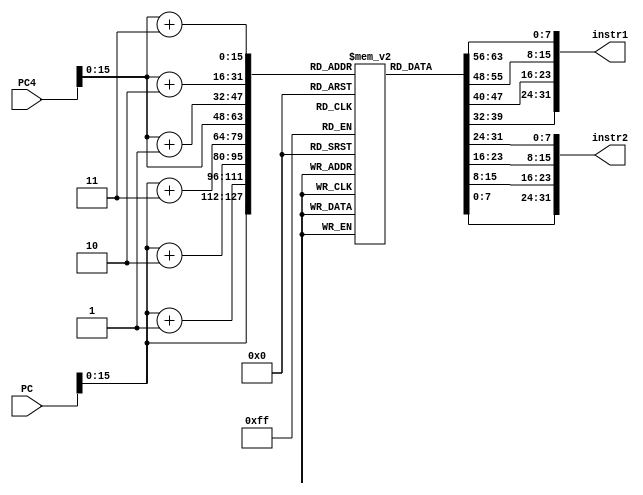

module instruction_mem(input[63:0] PC,PC4,output [31:0] instr1 , instr2);

reg[7:0] byte_instr[65535:0];
initial begin
 //32'h015A04B3  ADD X9, X14 ,X15
   byte_instr[64'h0000000000000000]<=8'hB3;
   byte_instr[64'h0000000000000001]<=8'h04;
   byte_instr[64'h0000000000000002]<=8'h5A;
   byte_instr[64'h0000000000000003]<=8'h01;

   //32'h00148493 ADDi x9, x9, 1 add 1 to the value of x9 register
   byte_instr[64'h0000000000000004]<=8'h93;
   byte_instr[64'h0000000000000005]<=8'h84;
   byte_instr[64'h0000000000000006]<=8'h14;
   byte_instr[64'h0000000000000007]<=8'h00;
    /*
   //32'hFFF48493 ADDi x9, x9, -1 add 1 to the value of x9 register
   byte_instr[64'h0000000000000008]<=8'h93;
   byte_instr[64'h0000000000000009]<=8'h84;
   byte_instr[64'h000000000000000A]<=8'hF4;
   byte_instr[64'h000000000000000B]<=8'hFF;
*/
//Akashay Singla
   //32'h0E953823 SD X9,240(x10) doubleword
   byte_instr[64'h0000000000000008]<=8'h23;
   byte_instr[64'h0000000000000009]<=8'h38;
   byte_instr[64'h000000000000000A]<=8'h95;
   byte_instr[64'h000000000000000B]<=8'hF0;//0E; //-240 offset

   //32'h0F053283 LD x5,240(x10)  doubleword
   byte_instr[64'h00000000000000C]<=8'h03;
   byte_instr[64'h00000000000000D]<=8'h34;
   byte_instr[64'h00000000000000E]<=8'h05;
   byte_instr[64'h00000000000000F]<=8'hF1;//0F;  //-240 offset

  /* 32'h02548167 Beq x5,x9,11(hex and 17 in decimal)
   byte_instr[64'h0000000000000014]<=8'h67;
   byte_instr[64'h0000000000000015]<=8'h81;
   byte_instr[64'h0000000000000016]<=8'h54;
   byte_instr[64'h0000000000000017]<=8'h02; 
  //32'h80548867 Beq x5,x9,-16(-16 in decimal)
   byte_instr[64'h0000000000000010]<=8'hE7;
   byte_instr[64'h0000000000000011]<=8'h88;
   byte_instr[64'h0000000000000012]<=8'h54;
   byte_instr[64'h0000000000000013]<=8'hFE;
   //32'h00148593 ADDi xB, x9, 1 add 1 to the value of x9 register
   byte_instr[64'h0000000000000025]<=8'h93;
   byte_instr[64'h0000000000000026]<=8'h85;
   byte_instr[64'h0000000000000027]<=8'h14;
   byte_instr[64'h0000000000000028]<=8'h00;
*/
   //ADD X8,X6,X7
   byte_instr[64'h0000000000000010]<=8'h33;
   byte_instr[64'h0000000000000011]<=8'h04;
   byte_instr[64'h0000000000000012]<=8'h73;
   byte_instr[64'h0000000000000013]<=8'h00;

   //SUB X7,X4,X3
   byte_instr[64'h0000000000000014]<=8'hB3;
   byte_instr[64'h0000000000000015]<=8'h83;
   byte_instr[64'h0000000000000016]<=8'h41;
   byte_instr[64'h0000000000000017]<=8'h40;

  //AND X2,X8,X7
   byte_instr[64'h0000000000000018]<=8'h33;
   byte_instr[64'h0000000000000019]<=8'hF1;
   byte_instr[64'h000000000000001A]<=8'h83;
   byte_instr[64'h000000000000001B]<=8'h00;

   //OR X30,X29,X28
   byte_instr[64'h000000000000001C]<=8'h33;
   byte_instr[64'h000000000000001D]<=8'h6F;
   byte_instr[64'h000000000000001E]<=8'hDE;
   byte_instr[64'h000000000000001F]<=8'h01;

   //XOR X27,X26,X25
   byte_instr[64'h0000000000000020]<=8'hB3;
   byte_instr[64'h0000000000000021]<=8'hCD;
   byte_instr[64'h0000000000000022]<=8'hAC;
   byte_instr[64'h0000000000000023]<=8'h01;

   //SLL X6,X8,X2
   byte_instr[64'h0000000000000024]<=8'h33;
   byte_instr[64'h0000000000000025]<=8'h13;
   byte_instr[64'h0000000000000026]<=8'h24;
   byte_instr[64'h0000000000000027]<=8'h00;

  //SRL X7,X2,X6
   byte_instr[64'h0000000000000028]<=8'hB3;
   byte_instr[64'h0000000000000029]<=8'h53;
   byte_instr[64'h000000000000002A]<=8'h23;
   byte_instr[64'h000000000000002B]<=8'h00;

   //BEQ x7,x8,offset
   byte_instr[64'h000000000000002C]<=8'h63;
   byte_instr[64'h000000000000002D]<=8'h04;
   byte_instr[64'h000000000000002E]<=8'h74;
   byte_instr[64'h000000000000002F]<=8'h02;

    //ORi X20,x21,20
   byte_instr[64'h0000000000000054]<=8'h13;
   byte_instr[64'h0000000000000055]<=8'hEA;
   byte_instr[64'h0000000000000056]<=8'h4A;
   byte_instr[64'h0000000000000057]<=8'h01;

   //ANDi X19,x21,20
   byte_instr[64'h0000000000000058]<=8'h93;
   byte_instr[64'h0000000000000059]<=8'hF9;
   byte_instr[64'h000000000000005A]<=8'hFA;
   byte_instr[64'h000000000000005B]<=8'h7F;


   //XORi X18,x21,20
   byte_instr[64'h000000000000005C]<=8'h13;
   byte_instr[64'h000000000000005D]<=8'hC9;
   byte_instr[64'h000000000000005E]<=8'h4A;
   byte_instr[64'h000000000000005F]<=8'h01;


  //SB X2,x19,-10
   byte_instr[64'h0000000000000060]<=8'h23;
   byte_instr[64'h0000000000000061]<=8'h8B;
   byte_instr[64'h0000000000000062]<=8'h99;
   byte_instr[64'h0000000000000063]<=8'hFE;

   //SH X2,x19,-9
   byte_instr[64'h0000000000000064]<=8'hA3;
   byte_instr[64'h0000000000000065]<=8'h9B;
   byte_instr[64'h0000000000000066]<=8'h99;
   byte_instr[64'h0000000000000067]<=8'hFE;

    //SW X2,x19,-8
   byte_instr[64'h0000000000000068]<=8'hA3;
   byte_instr[64'h0000000000000069]<=8'hAC;
   byte_instr[64'h000000000000006A]<=8'h99;
   byte_instr[64'h000000000000006B]<=8'hFE;


   //LB X15,x19,-10
   byte_instr[64'h000000000000006C]<=8'h83;
   byte_instr[64'h000000000000006D]<=8'h87;
   byte_instr[64'h000000000000006E]<=8'h69;
   byte_instr[64'h000000000000006F]<=8'hFF; 

   //LH X14,x19,-9
   byte_instr[64'h0000000000000070]<=8'h03;
   byte_instr[64'h0000000000000071]<=8'h97;
   byte_instr[64'h0000000000000072]<=8'h79;
   byte_instr[64'h0000000000000073]<=8'hFF; 

   //LW X13,x19,-8
   byte_instr[64'h0000000000000074]<=8'h83;
   byte_instr[64'h0000000000000075]<=8'hA6;
   byte_instr[64'h0000000000000076]<=8'h99;
   byte_instr[64'h0000000000000077]<=8'hFF; 

   
byte_instr[64'h7b]<= 8'h40;
byte_instr[64'h7a]<= 8'h00;
byte_instr[64'h79]<= 8'h01;
byte_instr[64'h78]<= 8'h13;

byte_instr[64'h7f]<= 8'h00;
byte_instr[64'h7e]<= 8'h21;
byte_instr[64'h7d]<= 8'h01;
byte_instr[64'h7c]<= 8'hB3;

byte_instr[64'h83]<= 8'h00;
byte_instr[64'h82]<= 8'h21;
byte_instr[64'h81]<= 8'hE2;
byte_instr[64'h80]<= 8'h33;

byte_instr[64'h87]<= 8'h4D;
byte_instr[64'h86]<= 8'h20;
byte_instr[64'h85]<= 8'h02;
byte_instr[64'h84]<= 8'h93;

byte_instr[64'h8b]<= 8'h01;
byte_instr[64'h8a]<= 8'h02;
byte_instr[64'h89]<= 8'h93;
byte_instr[64'h88]<= 8'h13;

byte_instr[64'h8f]<= 8'h3E;
byte_instr[64'h8e]<= 8'h73;
byte_instr[64'h8d]<= 8'h03;
byte_instr[64'h8c]<= 8'h93;

byte_instr[64'h93]<= 8'h40;
byte_instr[64'h92]<= 8'h23;
byte_instr[64'h91]<= 8'h84;
byte_instr[64'h90]<= 8'h33;

byte_instr[64'h97]<= 8'h00;
byte_instr[64'h96]<= 8'h32;
byte_instr[64'h95]<= 8'h44;
byte_instr[64'h94]<= 8'hB3;

byte_instr[64'h9b]<= 8'h0F;
byte_instr[64'h9a]<= 8'hF1;
byte_instr[64'h99]<= 8'h45;
byte_instr[64'h98]<= 8'h13;

byte_instr[64'h9f]<= 8'h00;
byte_instr[64'h9e]<= 8'h53;
byte_instr[64'h9d]<= 8'h55;
byte_instr[64'h9c]<= 8'h93;

byte_instr[64'ha3]<= 8'h00;
byte_instr[64'ha2]<= 8'h75;
byte_instr[64'ha1]<= 8'hF6;
byte_instr[64'ha0]<= 8'hB3;

byte_instr[64'ha7]<= 8'h06;
byte_instr[64'ha6]<= 8'h42;
byte_instr[64'ha5]<= 8'hF7;
byte_instr[64'ha4]<= 8'h13;

byte_instr[64'hab]<= 8'h40;
byte_instr[64'haa]<= 8'hA0;
byte_instr[64'ha9]<= 8'h07;
byte_instr[64'ha8]<= 8'hB3;

byte_instr[64'haf]<= 8'h00;
byte_instr[64'hae]<= 8'hA0;
byte_instr[64'had]<= 8'h05;
byte_instr[64'hac]<= 8'h13;

byte_instr[64'hb3]<= 8'h0F;
byte_instr[64'hb2]<= 8'hF0;
byte_instr[64'hb1]<= 8'h02;
byte_instr[64'hb0]<= 8'h93;

byte_instr[64'hb7]<= 8'h00;
byte_instr[64'hb6]<= 8'h52;
byte_instr[64'hb5]<= 8'h83;
byte_instr[64'hb4]<= 8'h33;

byte_instr[64'hbb]<= 8'h00;
byte_instr[64'hba]<= 8'h63;
byte_instr[64'hb9]<= 8'h03;
byte_instr[64'hb8]<= 8'hB3;

byte_instr[64'hbf]<= 8'h7D;
byte_instr[64'hbe]<= 8'h03;
byte_instr[64'hbd]<= 8'h84;
byte_instr[64'hbc]<= 8'h13;

byte_instr[64'hc3]<= 8'h00;
byte_instr[64'hc2]<= 8'h50;
byte_instr[64'hc1]<= 8'hA0;
byte_instr[64'hc0]<= 8'h23;

byte_instr[64'hc7]<= 8'h00;
byte_instr[64'hc6]<= 8'h60;
byte_instr[64'hc5]<= 8'hA2;
byte_instr[64'hc4]<= 8'h23;

byte_instr[64'hcb]<= 8'h00;
byte_instr[64'hca]<= 8'h70;
byte_instr[64'hc9]<= 8'hA4;
byte_instr[64'hc8]<= 8'h23;

byte_instr[64'hcf]<= 8'h00;
byte_instr[64'hce]<= 8'h80;
byte_instr[64'hcd]<= 8'hA6;
byte_instr[64'hcc]<= 8'h23;

byte_instr[64'hd3]<= 8'h00;
byte_instr[64'hd2]<= 8'h00;
byte_instr[64'hd1]<= 8'hA4;
byte_instr[64'hd0]<= 8'h83;

byte_instr[64'hd7]<= 8'h00;
byte_instr[64'hd6]<= 8'h40;
byte_instr[64'hd5]<= 8'hA5;
byte_instr[64'hd4]<= 8'h03;

byte_instr[64'hdb]<= 8'h00;
byte_instr[64'hda]<= 8'h80;
byte_instr[64'hd9]<= 8'hA5;
byte_instr[64'hd8]<= 8'h83;

byte_instr[64'hdf]<= 8'h00;
byte_instr[64'hde]<= 8'hC0;
byte_instr[64'hdd]<= 8'hA6;
byte_instr[64'hdc]<= 8'h03;

byte_instr[64'he3]<= 8'h00;
byte_instr[64'he2]<= 8'h40;
byte_instr[64'he1]<= 8'h80;
byte_instr[64'he0]<= 8'h93;

byte_instr[64'he7]<= 8'h00;
byte_instr[64'he6]<= 8'h50;
byte_instr[64'he5]<= 8'hA0;
byte_instr[64'he4]<= 8'h23;

byte_instr[64'heb]<= 8'h00;
byte_instr[64'hea]<= 8'h60;
byte_instr[64'he9]<= 8'hA2;
byte_instr[64'he8]<= 8'h23;

byte_instr[64'hef]<= 8'h00;
byte_instr[64'hee]<= 8'h70;
byte_instr[64'hed]<= 8'hA4;
byte_instr[64'hec]<= 8'h23;

byte_instr[64'hf3]<= 8'h00;
byte_instr[64'hf2]<= 8'h80;
byte_instr[64'hf1]<= 8'hA6;
byte_instr[64'hf0]<= 8'h23;

byte_instr[64'hf7]<= 8'hFF;
byte_instr[64'hf6]<= 8'hC0;
byte_instr[64'hf5]<= 8'hA6;
byte_instr[64'hf4]<= 8'h83;

byte_instr[64'hfb]<= 8'h00;
byte_instr[64'hfa]<= 8'h00;
byte_instr[64'hf9]<= 8'hA7;
byte_instr[64'hf8]<= 8'h03;

byte_instr[64'hff]<= 8'h00;
byte_instr[64'hfe]<= 8'h40;
byte_instr[64'hfd]<= 8'hA7;
byte_instr[64'hfc]<= 8'h83;

byte_instr[64'h103]<= 8'h00;
byte_instr[64'h102]<= 8'h80;
byte_instr[64'h101]<= 8'hA8;
byte_instr[64'h100]<= 8'h03;

byte_instr[64'h107]<= 8'h00;
byte_instr[64'h106]<= 8'h90;
byte_instr[64'h105]<= 8'h08;
byte_instr[64'h104]<= 8'hB3;

byte_instr[64'h10b]<= 8'h00;
byte_instr[64'h10a]<= 8'hA8;
byte_instr[64'h109]<= 8'h88;
byte_instr[64'h108]<= 8'hB3;

byte_instr[64'h10f]<= 8'h00;
byte_instr[64'h10e]<= 8'hB8;
byte_instr[64'h10d]<= 8'h88;
byte_instr[64'h10c]<= 8'hB3;

byte_instr[64'h113]<= 8'h00;
byte_instr[64'h112]<= 8'hC8;
byte_instr[64'h111]<= 8'h88;
byte_instr[64'h110]<= 8'hB3;

byte_instr[64'h117]<= 8'h00;
byte_instr[64'h116]<= 8'hD8;
byte_instr[64'h115]<= 8'h88;
byte_instr[64'h114]<= 8'hB3;

byte_instr[64'h11b]<= 8'h00;
byte_instr[64'h11a]<= 8'hE8;
byte_instr[64'h119]<= 8'h88;
byte_instr[64'h118]<= 8'hB3;

byte_instr[64'h11f]<= 8'h00;
byte_instr[64'h11e]<= 8'hF8;
byte_instr[64'h11d]<= 8'h88;
byte_instr[64'h11c]<= 8'hB3;

byte_instr[64'h123]<= 8'h01;
byte_instr[64'h122]<= 8'h08;
byte_instr[64'h121]<= 8'h88;
byte_instr[64'h120]<= 8'hB3;


byte_instr[64'h127]<= 8'h00;
byte_instr[64'h126]<= 8'hA0;
byte_instr[64'h125]<= 8'h05;
byte_instr[64'h124]<= 8'h13;

byte_instr[64'h12b]<= 8'h00;
byte_instr[64'h12a]<= 8'h00;
byte_instr[64'h129]<= 8'h03;
byte_instr[64'h128]<= 8'h93;

//jal instruction
byte_instr[64'h12f]<= 8'h05;
byte_instr[64'h12e]<= 8'h00;
byte_instr[64'h12d]<= 8'h00;
byte_instr[64'h12c]<= 8'h6F;

byte_instr[64'h133]<= 8'h32;
byte_instr[64'h132]<= 8'h73;
byte_instr[64'h131]<= 8'h83;
byte_instr[64'h130]<= 8'h93;

byte_instr[64'h137]<= 8'h00;
byte_instr[64'h136]<= 8'h10;
byte_instr[64'h135]<= 8'h80;
byte_instr[64'h134]<= 8'h93;

byte_instr[64'h13b]<= 8'h00;
byte_instr[64'h13a]<= 8'h10;
byte_instr[64'h139]<= 8'h80;
byte_instr[64'h138]<= 8'h93;

byte_instr[64'h13f]<= 8'h00;
byte_instr[64'h13e]<= 8'h10;
byte_instr[64'h13d]<= 8'h80;
byte_instr[64'h13c]<= 8'h93;

byte_instr[64'h143]<= 8'h00;
byte_instr[64'h142]<= 8'h10;
byte_instr[64'h141]<= 8'h80;
byte_instr[64'h140]<= 8'h93;

byte_instr[64'h147]<= 8'h00;
byte_instr[64'h146]<= 8'h10;
byte_instr[64'h145]<= 8'h80;
byte_instr[64'h144]<= 8'h93;

byte_instr[64'h14b]<= 8'h00;
byte_instr[64'h14a]<= 8'h10;
byte_instr[64'h149]<= 8'h80;
byte_instr[64'h148]<= 8'h93;

byte_instr[64'h14f]<= 8'h00;
byte_instr[64'h14e]<= 8'h10;
byte_instr[64'h14d]<= 8'h80;
byte_instr[64'h14c]<= 8'h93;

byte_instr[64'h153]<= 8'h00;
byte_instr[64'h152]<= 8'h10;
byte_instr[64'h151]<= 8'h80;
byte_instr[64'h150]<= 8'h93;

byte_instr[64'h157]<= 8'h00;
byte_instr[64'h156]<= 8'h00;
byte_instr[64'h155]<= 8'h16;//16
byte_instr[64'h154]<= 8'h63;

byte_instr[64'h15b]<= 8'h00;
byte_instr[64'h15a]<= 8'h00;
byte_instr[64'h159]<= 8'h06;//o6
byte_instr[64'h158]<= 8'h63;

byte_instr[64'h15f]<= 8'h34;
byte_instr[64'h15e]<= 8'h73;
byte_instr[64'h15d]<= 8'h83;
byte_instr[64'h15c]<= 8'h93;

byte_instr[64'h163]<= 8'h33;
byte_instr[64'h162]<= 8'h73;
byte_instr[64'h161]<= 8'h83;
byte_instr[64'h160]<= 8'h93;

byte_instr[64'h167]<= 8'h70;
byte_instr[64'h166]<= 8'hD3;
byte_instr[64'h165]<= 8'h83;
byte_instr[64'h164]<= 8'h93;


byte_instr[64'h16b]<= 8'h00;
byte_instr[64'h16a]<= 8'h10;
byte_instr[64'h169]<= 8'h80;
byte_instr[64'h168]<= 8'h93;

byte_instr[64'h16f]<= 8'h00;
byte_instr[64'h16e]<= 8'h10;
byte_instr[64'h16d]<= 8'h80;
byte_instr[64'h16c]<= 8'h93;

byte_instr[64'h173]<= 8'h00;
byte_instr[64'h172]<= 8'h10;
byte_instr[64'h171]<= 8'h80;
byte_instr[64'h170]<= 8'h93;

byte_instr[64'h177]<= 8'h00;
byte_instr[64'h176]<= 8'h10;
byte_instr[64'h175]<= 8'h80;
byte_instr[64'h174]<= 8'h93;

byte_instr[64'h17b]<= 8'h00;
byte_instr[64'h17a]<= 8'h10;
byte_instr[64'h179]<= 8'h80;
byte_instr[64'h178]<= 8'h93;

byte_instr[64'h17f]<= 8'h00;
byte_instr[64'h17e]<= 8'h10;
byte_instr[64'h17d]<= 8'h80;
byte_instr[64'h17c]<= 8'h93;

end

  //$display("PC: %h,PC4: %h", PC,PC4);
 //$display("PC: %h", PC);
 assign instr1[7:0] = byte_instr[PC];
 assign instr1[15:8] = byte_instr[PC+1];
 assign instr1[23:16] = byte_instr[PC+2];
 assign instr1[31:24] = byte_instr[PC+3];

 assign instr2[7:0] = byte_instr[PC4];
 assign instr2[15:8] = byte_instr[PC4+1];
 assign instr2[23:16] = byte_instr[PC4+2];
 assign instr2[31:24] = byte_instr[PC4+3];
// $display("instr[31:0]: %h",instr);

endmodule


module clk_input(output reg clk);
initial begin
  //$dumpfile("datapath_log.vcd");
  //$dumpvars;
  #60;
  $finish;
end
initial begin
    clk=0;
end
always #0.5 clk= ~clk;

endmodule


/*
module fetch_RISCV(input clk,branch_en,stall,
input signed [63:0] branch_pc,
output reg signed [63:0] PC,PC4);
initial begin
    PC=32'b0;
end
//reg[31:0] PC;
always @(posedge clk) begin
  //$display("branch_pc: %h",branch_pc);
    if(branch_en == 1'b1) begin
      PC<=branch_pc;
      PC4 <= branch_pc + 4; 
    end
    else if(stall == 1'b1) begin
    PC<=PC;
    PC4<=PC4;
    end
    else begin
    PC <=  PC + 4;
    PC4 <= PC4 + 4;
    end
    
    //$display("PC: %d",PC);
end
//always @()
endmodule
*/